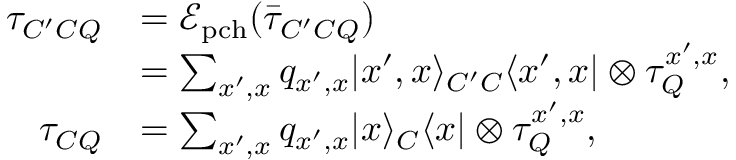
\begin{array} { r l } { \tau _ { C ^ { \prime } C Q } } & { = \mathcal { E } _ { \mathrm { p c h } } ( \bar { \tau } _ { C ^ { \prime } C Q } ) } \\ & { = \sum _ { x ^ { \prime } , x } q _ { x ^ { \prime } , x } | x ^ { \prime } , x \rangle _ { C ^ { \prime } C } \langle x ^ { \prime } , x | \otimes \tau _ { Q } ^ { x ^ { \prime } , x } , } \\ { \tau _ { C Q } } & { = \sum _ { x ^ { \prime } , x } q _ { x ^ { \prime } , x } | x \rangle _ { C } \langle x | \otimes \tau _ { Q } ^ { x ^ { \prime } , x } , } \end{array}